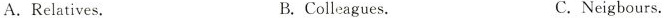
A.Relatives. B.Colleagues. C.Neigbours.